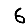
Digit: 6